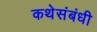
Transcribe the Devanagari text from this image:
कथेसंबंधी